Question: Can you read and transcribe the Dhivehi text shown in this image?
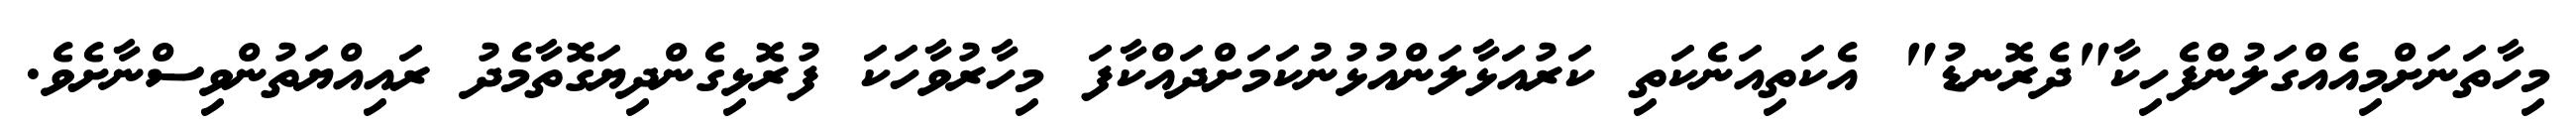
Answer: މިހާތަނަށްމިއެއްގަލުންފެހިކާ"ދެރޮނޑު" އެކަތިއަނެކަތި ކަރުއަޅާލަންއުޅުނުކަމަށްދައްކާފަ މިހާރުވާހަކަ ފުރޮޅިގެންދިޔަގޮތާމެދު ރައިއްޔަތުންވިސްނާށެވެ.